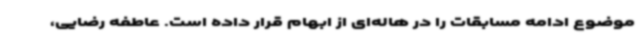
موضوع ادامه مسابقات را در هاله‌ای از ابهام قرار داده است. عاطفه رضایی،